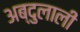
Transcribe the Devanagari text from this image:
अब्दुलाली